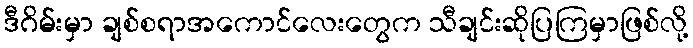
ဒီဂိမ်းမှာ ချစ်စရာအကောင်လေးတွေက သီချင်းဆိုပြကြမှာဖြစ်လို့